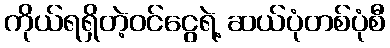
ကိုယ်ရရှိတဲ့ဝင်ငွေရဲ့ ဆယ်ပုံတစ်ပုံစီ